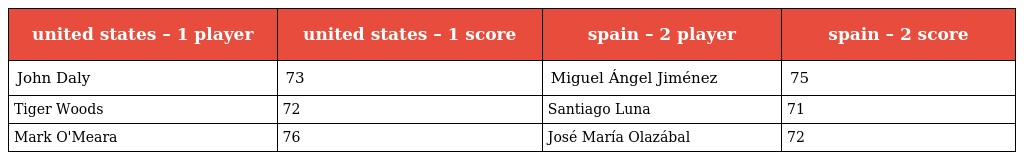
| united states – 1 player | united states – 1 score | spain – 2 player | spain – 2 score |
 | --- | --- | --- | --- |
 | John Daly | 73 | Miguel Ángel Jiménez | 75 |
 | Tiger Woods | 72 | Santiago Luna | 71 |
 | Mark O'Meara | 76 | José María Olazábal | 72 |